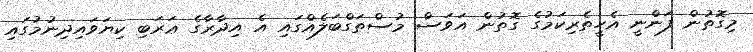
މިގޮތުން ފަންނީ އެހީތެރިކަމުގެ ގޮތުން އަވަސް މުސްތަގްބަލެއްގައި އެ އިދާރާގެ ޢަރަބި ކިޔަވައިދިނުމުގައި